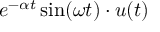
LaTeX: e ^ { - \alpha t } \sin ( \omega t ) \cdot u ( t )